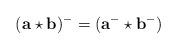
LaTeX: \begin{align*}(\mathbf{a}\star\mathbf{b})^{-}=(\mathbf{a}^{-}\star\mathbf{b}^{-})\end{align*}